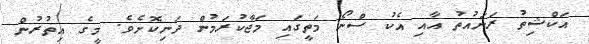
އަކްޝިތު ރަނައުތު އާއި އެކު ސްނޯ މަތީގައި މަޖާކުރަމުން ދަނިކޮށެވެ. މީގެ އިތުރުން